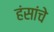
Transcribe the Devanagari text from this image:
हंसांचे